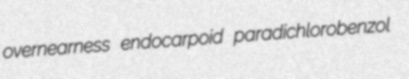
overnearness endocarpoid paradichlorobenzol